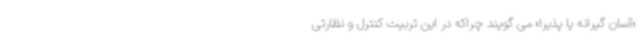
«آسان گیرانه یا پذیرا» می گویند چراکه در این تربیت کنترل و نظارتی